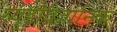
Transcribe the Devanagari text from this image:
स्युडोवैज्ञानिक